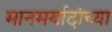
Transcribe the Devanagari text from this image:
मानमर्यादांच्या